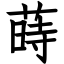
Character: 蒔